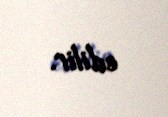
edilir.